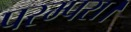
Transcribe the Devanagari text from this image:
परम्परा।